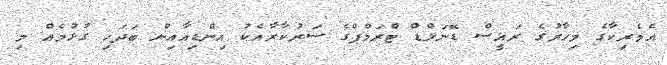
އެމެރިކާގެ މިހާރުގެ ރައީސް ޑޮނަލްޑް ޓްރަމްޕްގެ ސަރުކާރާއެކު އިންޑިއާއިން ބަދަހި ގުޅުމެއް މި